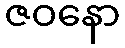
ဇဝနော